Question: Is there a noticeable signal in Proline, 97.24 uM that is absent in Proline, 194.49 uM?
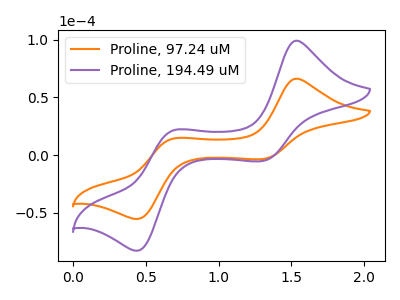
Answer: <think>The orange curve "Proline, 97.24 uM" has anodic peaks at (1.55V, 66.35uA) (0.70V, 14.40uA) and cathodic peaks at (1.30V, -3.40uA) (0.45V, -55.50uA). The purple curve "Proline, 194.49 uM" has anodic peaks at (1.55V, 99.35uA) (0.70V, 21.55uA) and cathodic peaks at (1.30V, -5.10uA) (0.45V, -83.05uA).
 All the peaks in "Proline, 97.24 uM" have a peak in "Proline, 194.49 uM" at the same potential. Every peak in "Proline, 97.24 uM" is lower than every peak in "Proline, 194.49 uM".</think>
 <answer>No, "Proline, 97.24 uM" and "Proline, 194.49 uM" don't appear to be significantly different in shape</answer>
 <eval>no_change</eval>